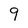
Character: 9